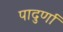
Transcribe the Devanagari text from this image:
पादुर्णा